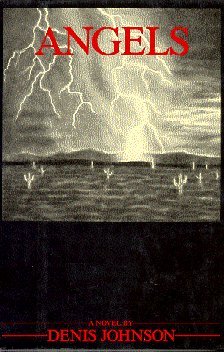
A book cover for Angels; Denis Johnson; Arts & Photography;